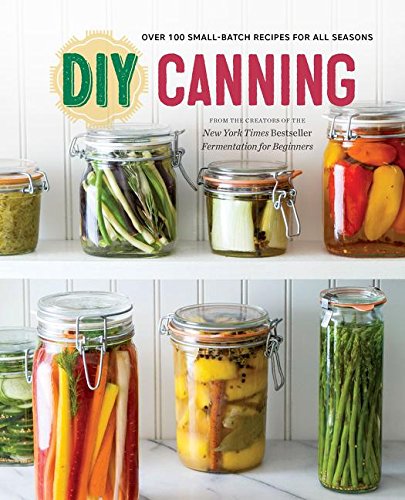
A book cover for DIY Canning: Over 100 Small-Batch Recipes for All Seasons; Rockridge Press; Cookbooks, Food & Wine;